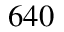
6 4 0